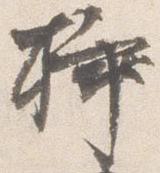
挿